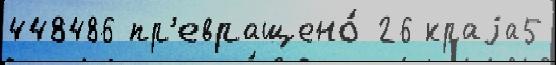
448486 пр'евращено́ 26 краjа5